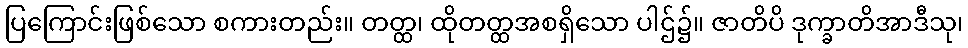
ပြကြောင်းဖြစ်သော စကားတည်း။ တတ္ထ၊ ထိုတတ္ထအစရှိသော ပါဌ်၌။ ဇာတိပိ ဒုက္ခာတိအာဒီသု၊